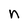
Character: n